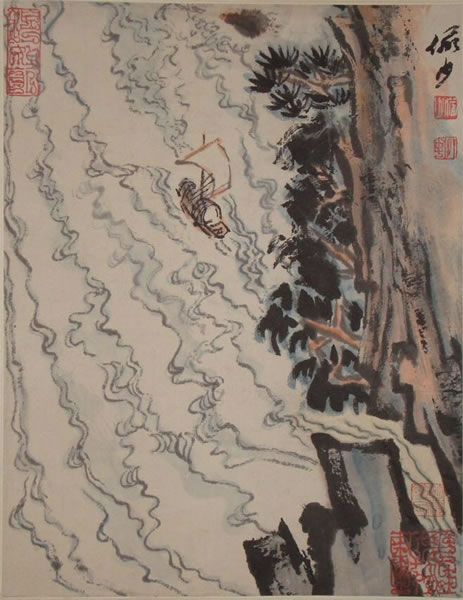
疏篱下试觅重阳，醉擘青露菊。